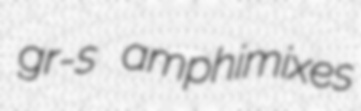
gr-s amphimixes